Annual report of the Punjab Veterinary College and of the Civil Veterinary Department, Punjab - 1909-1919
Year: 1909
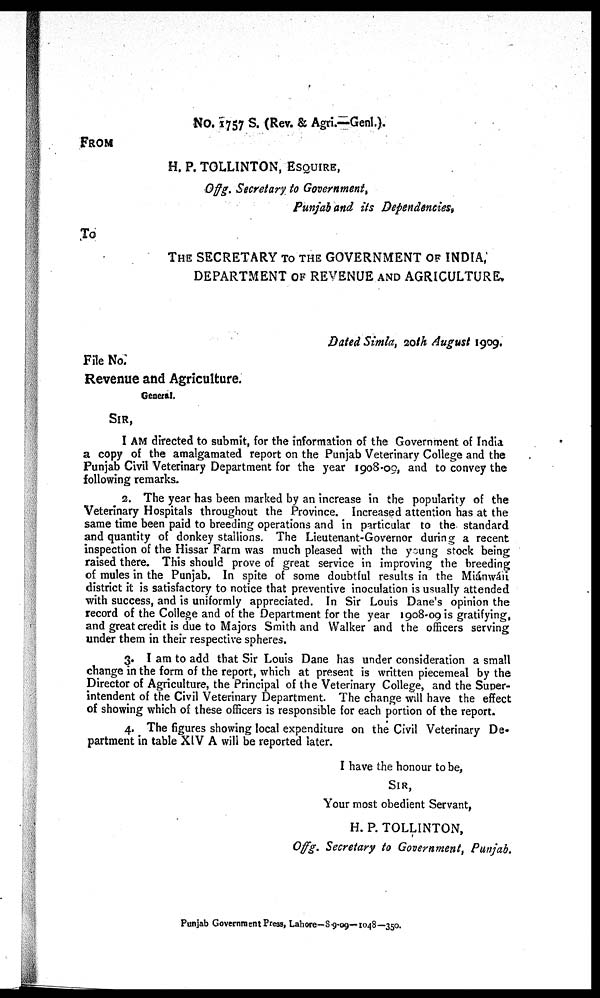
NO. 1757 S. (Rev. & Agri.—Genl.).
FROM
H. P. TOLLINTON, ESQUIRE,
Offg. Secretary to Government,
Punjab and its Dependencies,
To
THE SECRETARY TO THE GOVERNMENT OF INDIA,
DEPARTMENT OF REVENUE AND AGRICULTURE.
Dated Simla, 20th August 1909.
File No.
Revenue and Agriculture.
General.
SIR,
I AM directed to submit, for the information of the Government of India
a copy of the amalgamated report on the Punjab Veterinary College and the
Punjab Civil Veterinary Department for the year 1908-09, and to convey the
following remarks.
2. The year has been marked by an increase in the popularity of the
Veterinary Hospitals throughout the Province. Increased attention has at the
same time been paid to breeding operations and in particular to the standard
and quantity of donkey stallions. The Lieutenant-Governor during a recent
inspection of the Hissar Farm was much pleased with the young stock being
raised there. This should prove of great service in improving the breeding
of mules in the Punjab. In spite of some doubtful results in the Miánwáii
district it is satisfactory to notice that preventive inoculation is usually attended
with success, and is uniformly appreciated. In Sir Louis Dane's opinion the
record of the College and of the Department for the year 1908-09 is gratifying,
and great credit is due to Majors Smith and Walker and the officers serving
under them in their respective spheres.
3. I am to add that Sir Louis Dane has under consideration a small
change in the form of the report, which at present is written piecemeal by the
Director of Agriculture, the Principal of the Veterinary College, and the Super-
intendent of the Civil Veterinary Department. The change will have the effect
of showing which of these officers is responsible for each portion of the report.
4. The figures showing local expenditure on the Civil Veterinary De-
partment in table XIV A will be reported later.
I have the honour to be,
SIR,
Your most obedient Servant,
H. P. TOLLINTON,
Offg. Secretary to Government, Punjab.
Punjab Government Press, Lahore—S-9-09—1048—350.